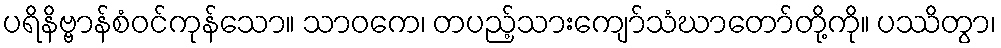
ပရိနိဗ္ဗာန်စံဝင်ကုန်သော။ သာဝကေ၊ တပည့်သားကျော်သံဃာတော်တို့ကို။ ပဿိတွာ၊